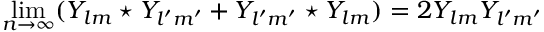
\operatorname* { l i m } _ { n \to \infty } ( Y _ { l m } \star Y _ { l ^ { \prime } m ^ { \prime } } + Y _ { l ^ { \prime } m ^ { \prime } } \star Y _ { l m } ) = 2 Y _ { l m } Y _ { l ^ { \prime } m ^ { \prime } }